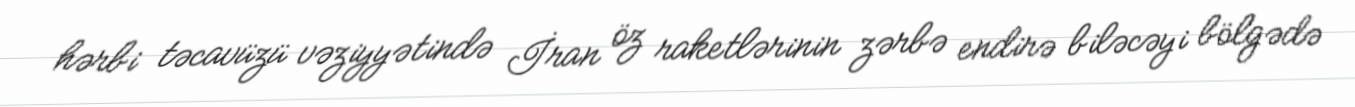
hərbi təcavüzü vəziyyətində İran öz raketlərinin zərbə endirə biləcəyi bölgədə